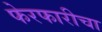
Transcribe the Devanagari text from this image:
फेरफारीचा